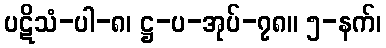
ပဋိသံ-ပါ-၈၊ ဋ္ဌ-ပ-အုပ်-၇၈။ ၅-နက်၊